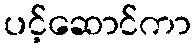
ပင့်ဆောင်ကာ